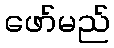
ဖော်မည်